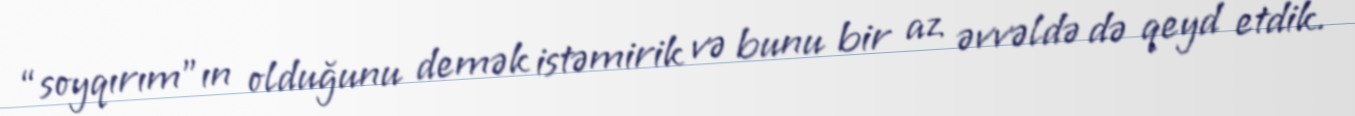
“soyqırım”ın olduğunu demək istəmirik və bunu bir az əvvəldə də qeyd etdik.